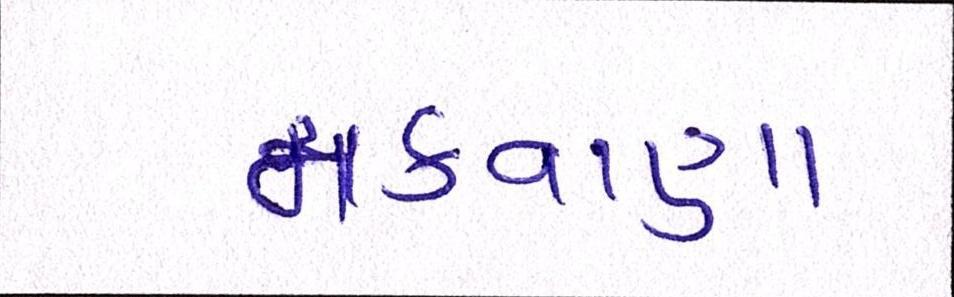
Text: મકવાણા